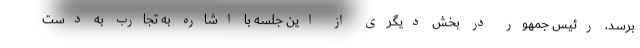
برسد. رئیس جمهور در بخش دیگری از این جلسه با اشاره به تجارب به دست